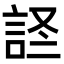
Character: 𫌹